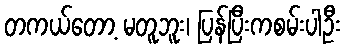
တကယ်တော့ မတူဘူး၊ ပြန်ပြီးကစမ်းပါဦး